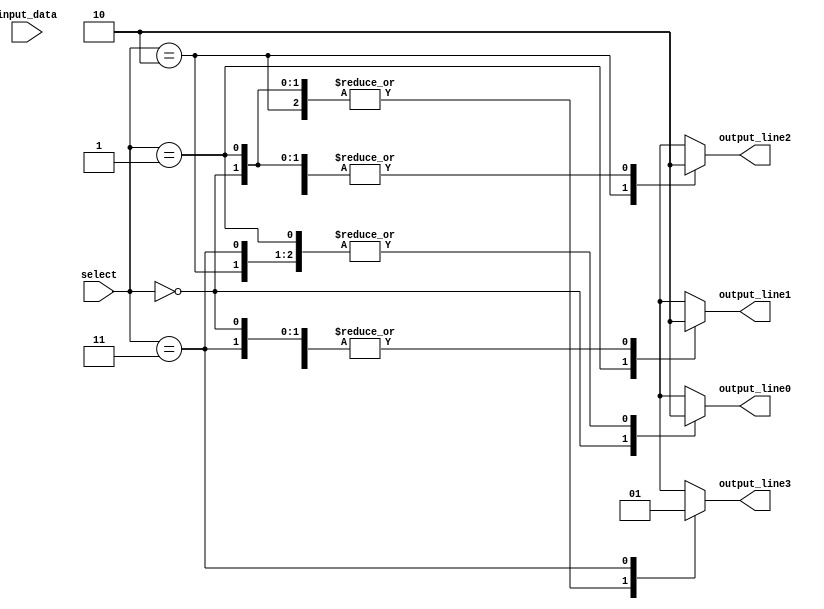
module demux2to4 (
    input wire [1:0] select,
    input wire [1:0] input_data,
    output reg output_line0,
    output reg output_line1,
    output reg output_line2,
    output reg output_line3
);

always @(*)
begin
    case(select)
        2'b00: begin
            output_line0 = 1'b1;
            output_line1 = 1'b0;
            output_line2 = 1'b0;
            output_line3 = 1'b0;
        end
        2'b01: begin
            output_line0 = 1'b0;
            output_line1 = 1'b1;
            output_line2 = 1'b0;
            output_line3 = 1'b0;
        end
        2'b10: begin
            output_line0 = 1'b0;
            output_line1 = 1'b0;
            output_line2 = 1'b1;
            output_line3 = 1'b0;
        end
        2'b11: begin
            output_line0 = 1'b0;
            output_line1 = 1'b0;
            output_line2 = 1'b0;
            output_line3 = 1'b1;
        end
        default: begin
            output_line0 = 1'b0;
            output_line1 = 1'b0;
            output_line2 = 1'b0;
            output_line3 = 1'b0;
        end
    endcase
end

endmodule